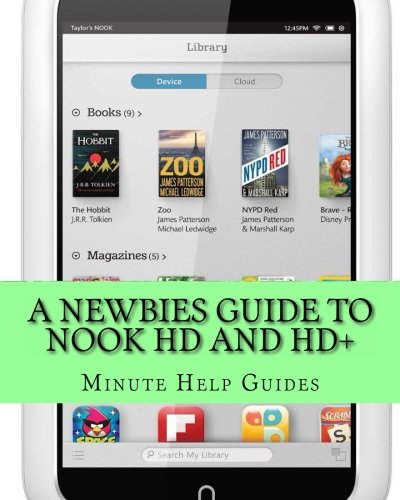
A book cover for A Newbies Guide to Nook HD and HD+: The Unofficial Beginners Guide Doing Everything from Watching Movies, Downloading Apps, Finding Free Books, Emailing, and More! (Minute Help Guides); Minute Help Guides; Computers & Technology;